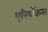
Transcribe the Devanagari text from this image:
एरिथॅकस